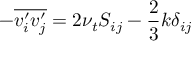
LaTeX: - { \overline { { v _ { i } ^ { \prime } v _ { j } ^ { \prime } } } } = 2 \nu _ { t } S _ { i j } - { \frac { 2 } { 3 } } k \delta _ { i j }